Suure-Kopu_vallavalitsus, lk 66
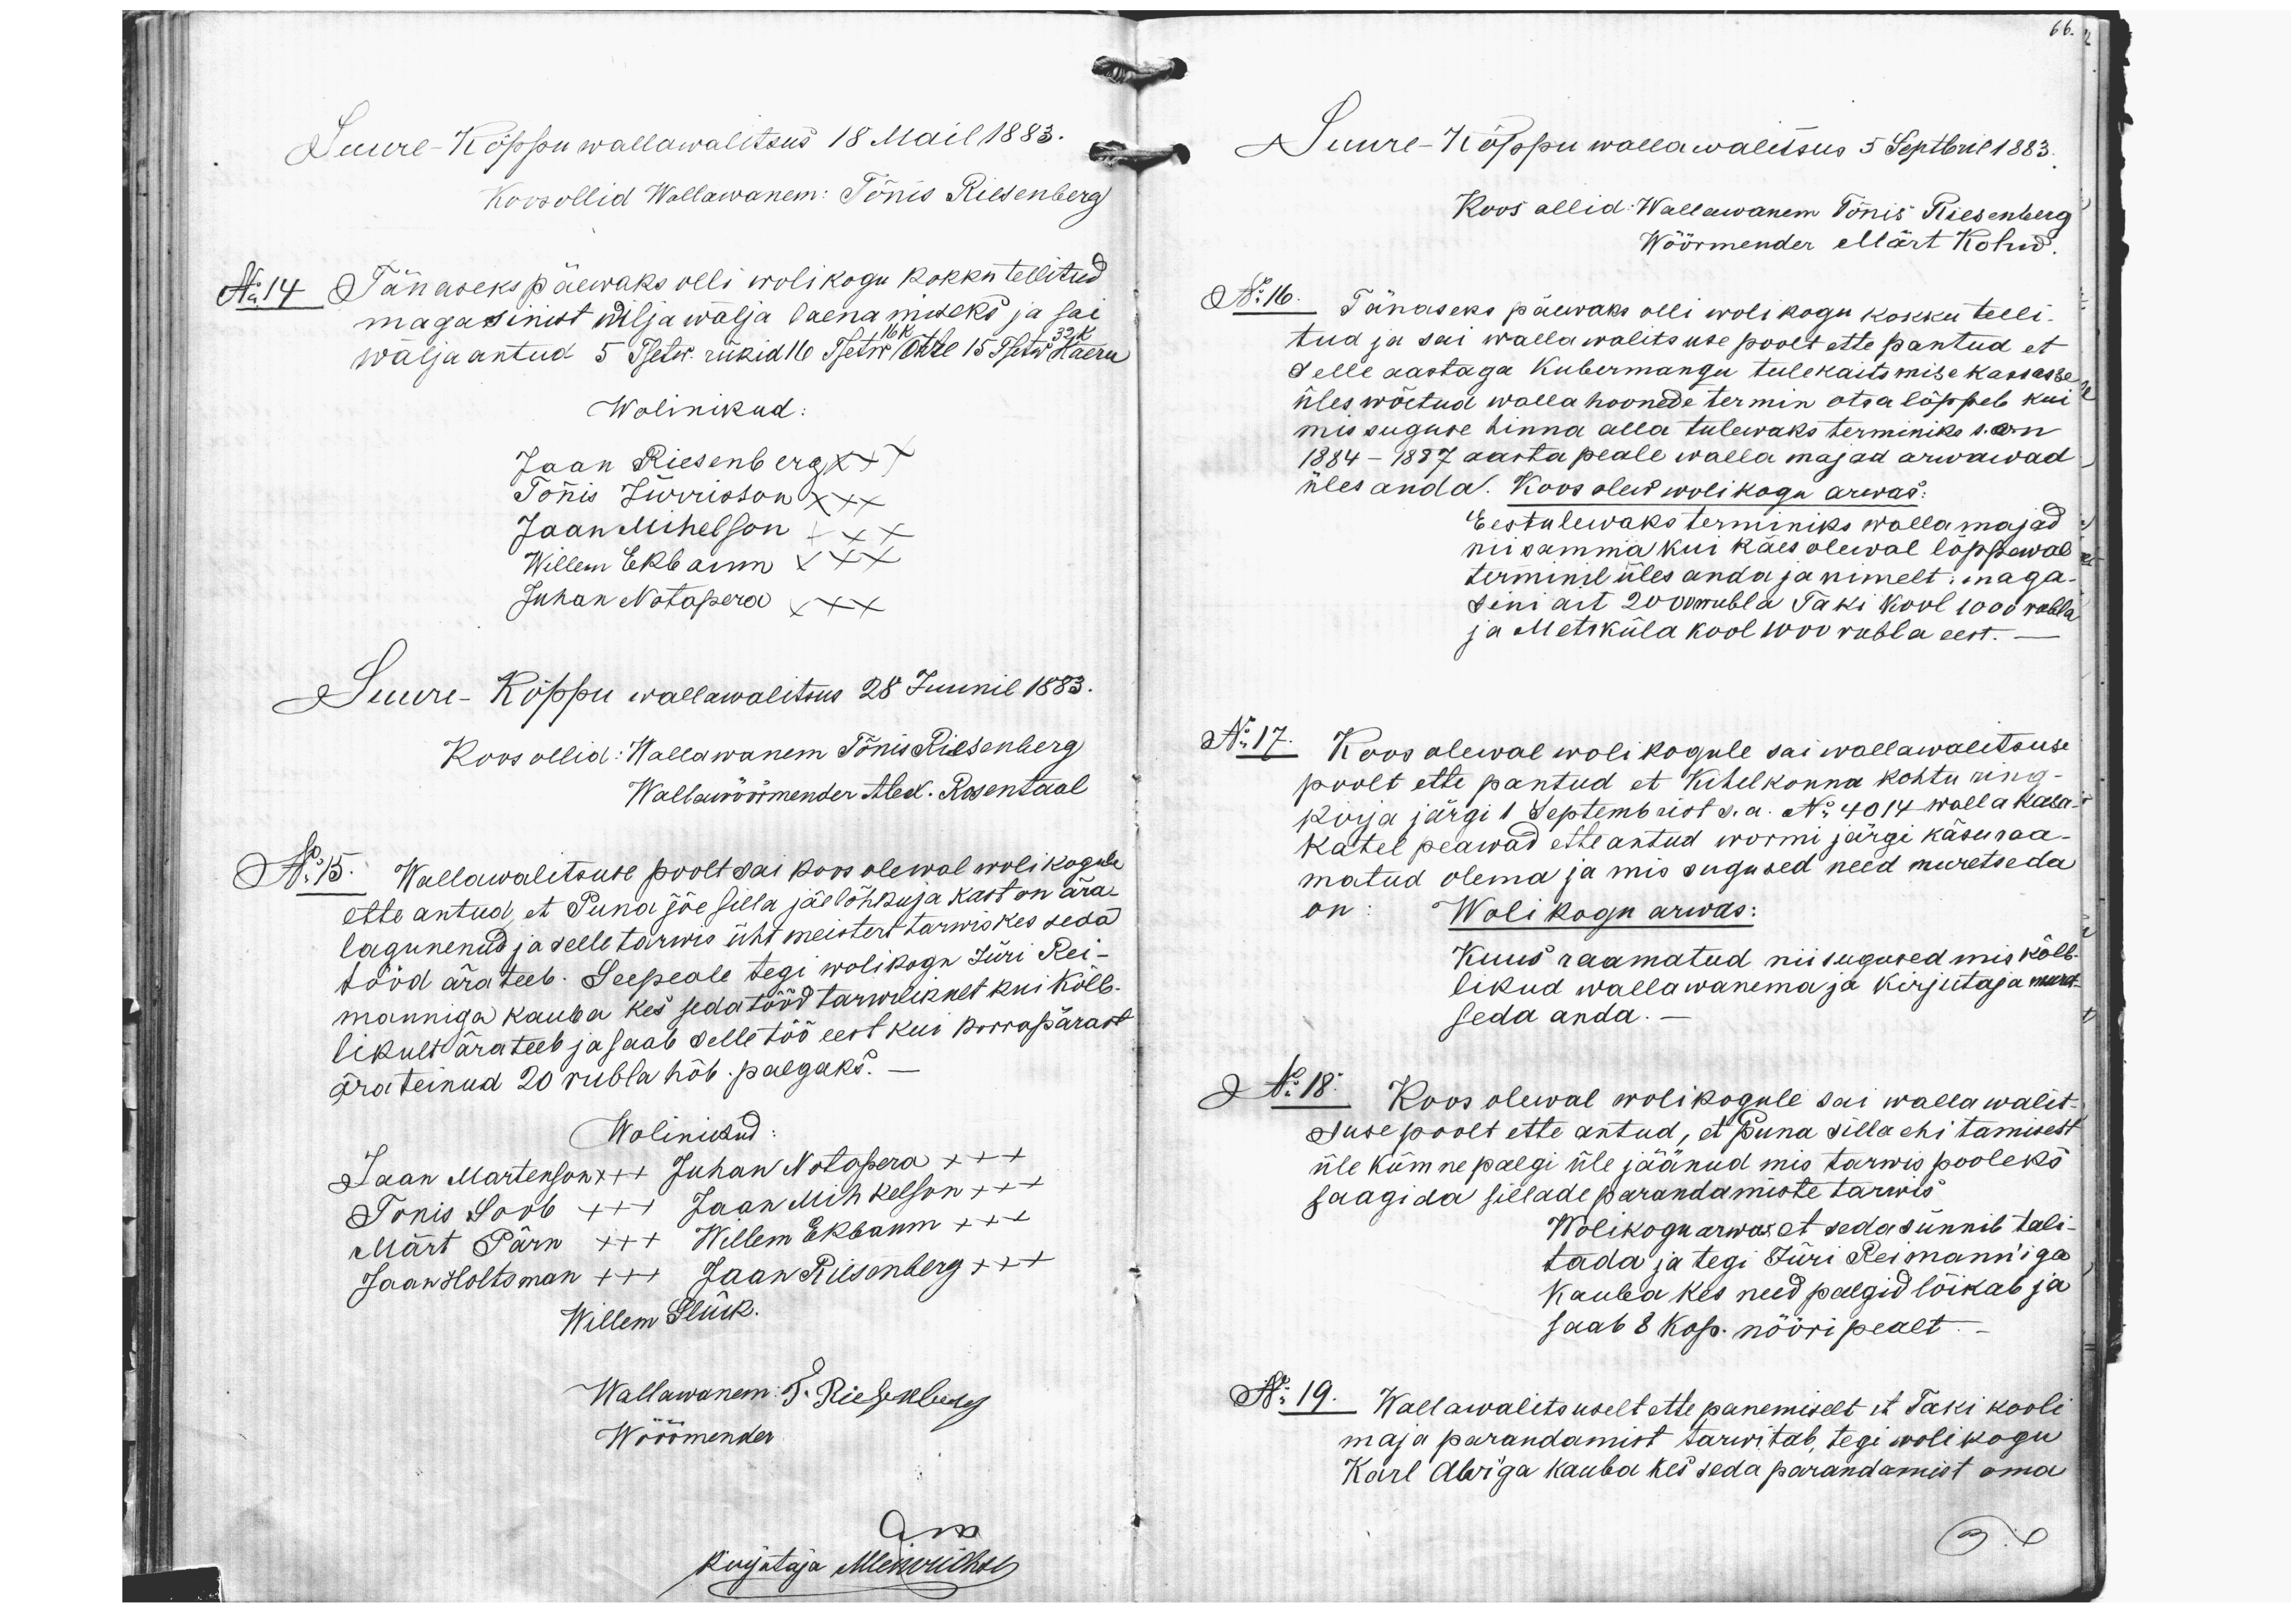
66.
Suure-Kõppu wallawalitsus 18 Mail 1883.
Koos ollid Wallawanem: Tõnis Riesenberg
No 14 Tänaseks päewaks olli wolikogu kokkutellitud
magasinist wilja wälja laenamineks ja sai
16 K
32 K
wäljaantud 5 Tsetw. rükid 16. Tsetw otre 15 Tsetw. kaeru
Wolinikud:
Jaan Riesenberg x+x
Tõnis Jürrisson xxx
Jaan Mihelson +xx
Willem Ekbaum xxx
Juhan Notapera xxx
Suure-Kõppu wallawalitsus 28 Juunil 1883.
Koos ollid: Wallawanem Tõnis Riesenberg
Wallawöörmender Alex. Rosentaal
No 15. Wallawalitsuse poolt sai koosolewal wolikogule
ette antud, et Puna jõe silla jäelõhkuja kast on ära-
lagunenud ja selle tarwis üht meistert tarwis kes seda
tööd ära teeb. Seepeale tegi wolikogu Jüri Rei-
manniga kauba kes seda tööd tarwilikult kui Kõlb-
likult ärateeb ja saab selle töö eest kui korrapärast
ära teinud 20 rubla hõb. palgaks.-
Wolinikud
Jaan Martenson x++ Juhan Notapera xx+
Tõnis Soob +++ Jaan Mihkelson ++x
Märt Pärn x++ Willem Ekbaum xxx
Jaan Holtsman +++ Jaan Riesenberg xx+
Willem Glück.
Wallawanem: S. Riesenberg
Wöörmender
Kirjutaja Metswühti
Suure-Kõppu wallawalitsus 5 Septbril 1883.
Koos ollid: Wallawanem Tõnis Riesenberg
Wöörmender Märt Kohw.
No 16. Tänaseks päewaks olli wolikogu kokku telli-
tud ja sai wallawalitsuse poolt ettepantud et
Selle aastaga Kubermangu tulekaitsmise kassasse
üles wõetud walla hoonede termin otsa lõppeb kui
mis suguse hinna alla tulewaks terminiks s. on
1884-1887 aasta peale walla majad arwawad.
üles anda. Koos olew wolikogu arwas:
Eestulewaks terminiks walla majad
niisamma kui käes olewal lõppewal
terminil üles anda ja nimelt: maga-
sini ait 200 rubla Taki kool 1000 rubla
ja Metsküla kool 1000 rubla eest. -
No 17. Koosolewal wolikogule sai wallawalitsuse
poolt ette pantud et Kihelkonna kohtu ring-
kirja järgi 1 Septembrist s.a. No 4014 walla kasa-
katel peawad ette antud wormi järgi käsuraa-
matud olema ja mis sugused need muretseda
on. Wolikogu arwas:
Kuus raamatud niisugused mis kõlb-
likud wallawanema ja kirjutaja muret-
seda anda.
No 18. Koos olewal wolikogule sai wallawalit-
Suse poolt ette antud, et Puna silla ehitamisest
üle kümne palgi üle jäänud mis tarwis pooleks
saagida sillade parandamiste tarwis
Wolikogu arwas et seda sünnib tali-
tada ja tegi Jüri Reimann'iga
kauba kes need palgid lõikab ja
saab 8 kop. nööri pealt.
No 19. Wallawalitsuselt ettepanemiselt et Taki kooli
maja parandamist tarwitab, tegi wolikogu
Karl Abriga kauba kes seda parandamist oma